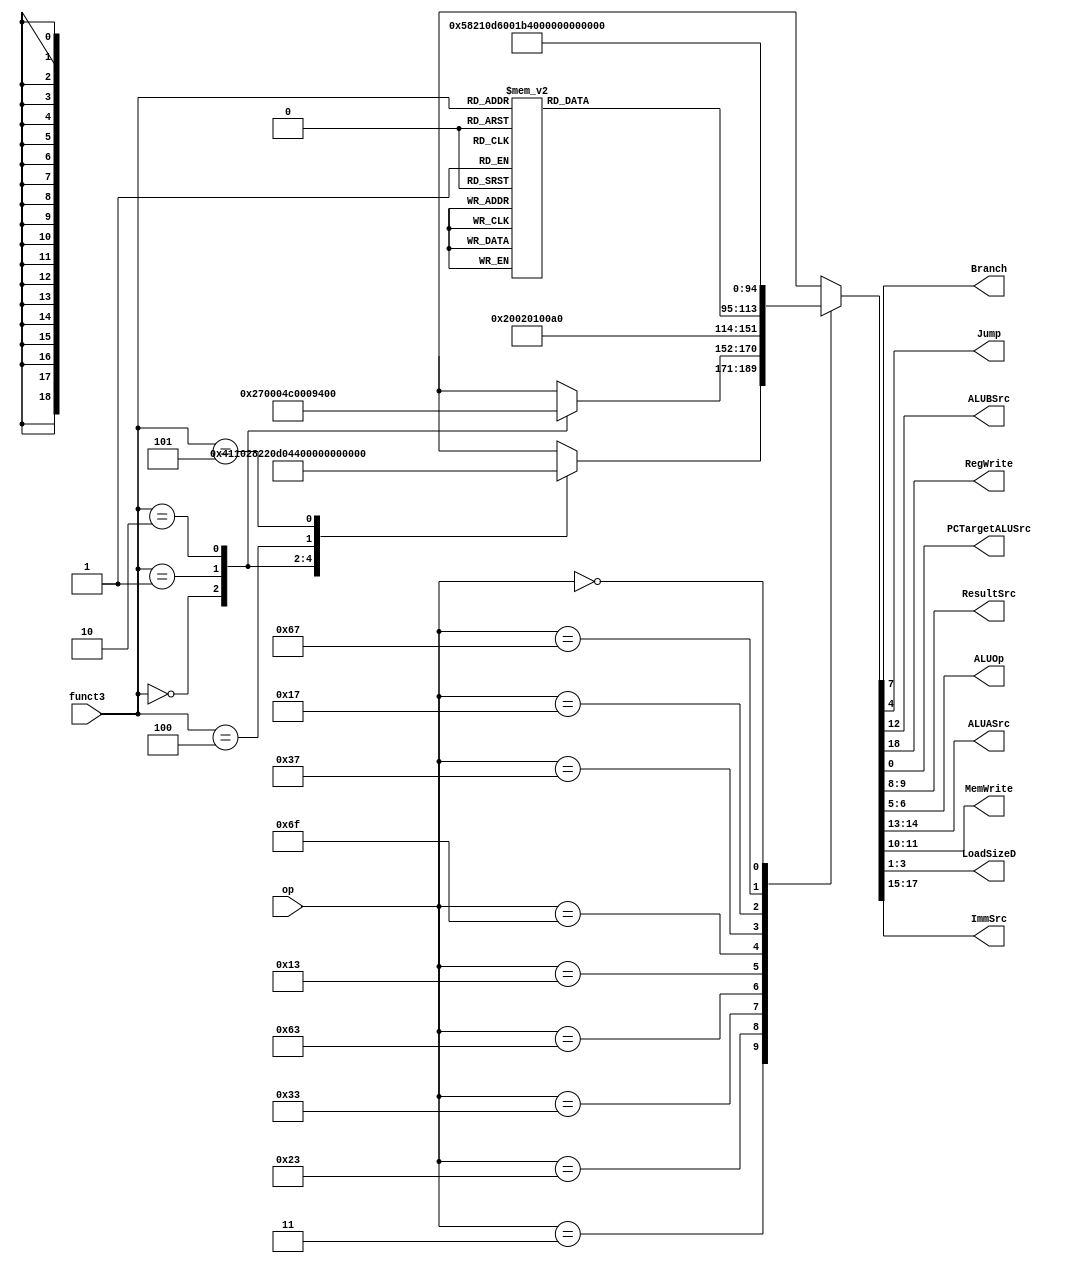
module dt1_maindec(							//This will decode what type of instruction we are using
	`ifdef RISCV-FORMAL
		output reg 				rvfi_valid_id,
		output reg [63 : 0] 	rvfi_order_id,
		output reg [31 : 0] 	rvfi_insn_,
		output reg				rvfi_trap,
		output reg 				rvfi_halt,
		output reg				rvfi_intr,
		output reg [1:0] 		rvfi_mode,
		output reg [1:0] 		rvfi_ixl,
	`endif
	input  wire [6:0]  op,
	input  wire [2:0]  funct3,
	output reg	       Branch,
	output reg         Jump,
	output reg         ALUBSrc,
	output reg         RegWrite,
	output reg         PCTargetALUSrc,
	output reg [1:0]   ResultSrc,
	output reg [1:0]   ALUOp,
	output reg [1:0]   ALUASrc,
	output reg [1:0]   MemWrite,
	output reg [2:0]   LoadSizeD,
	output reg [2:0]   ImmSrc
	
);				// Port Declarations

reg [18:0] controls;

always@(*) begin
	{RegWrite, ImmSrc, ALUASrc, ALUBSrc, 
	MemWrite, ResultSrc, Branch, ALUOp, 
	Jump, LoadSizeD,PCTargetALUSrc} = controls;
end
always@(*) begin
	case (op)
		7'b0000011: case(funct3)
						3'b000: controls = 19'b1_000_00_1_00_01_0_00_0_001_0;	//lb
						3'b001: controls = 19'b1_000_00_1_00_01_0_00_0_011_0;	//lh
						3'b010: controls = 19'b1_000_00_1_00_01_0_00_0_000_0;	//lw
						3'b100: controls = 19'b1_000_00_1_00_01_0_00_0_010_0;	//lbu
						3'b101: controls = 19'b1_000_00_1_00_01_0_00_0_100_0;	//lhu
						default:begin
								`ifdef RISCV-FORMAL
									rvfi_valid = 1'b0;
									rvfi_order = {64{1'bx}};
									rvfi_insn = {32{1'bx}};
									rvfi_trap = 1'b1;
									rvfi_halt = 1'bx;
									rvfi_intr = 1'bx;
									rvfi_mode = 2'bxx;
									rvfi_ixl = 2'bxx;
								`endif
									controls = 19'bx_xxx_xx_x_xx_xx_x_xx_x_xxx_x;   //?
								
								end
					endcase
		7'b0100011: case(funct3)
						3'b000: controls = 19'b0_001_00_1_11_00_0_00_0_000_0;	//sb
						3'b001: controls = 19'b0_001_00_1_10_00_0_00_0_000_0;	//sh
						3'b010: controls = 19'b0_001_00_1_01_00_0_00_0_000_0;	//sw
					    default:begin
								`ifdef RISCV-FORMAL
									rvfi_valid = 1'b0;
									rvfi_order = 64{{1'bx}};
									rvfi_insn = 4096{{1'bx}};
									rvfi_trap = 1'b1;
									rvfi_halt = 1'bx;
									rvfi_intr = 1'bx;
									rvfi_mode = 2'bxx;
									rvfi_ixl = 2'bxx;
								`endif
									controls = 19'bx_xxx_xx_x_xx_xx_x_xx_x_xxx_x;   //?
								end
					endcase
		7'b0110011: 			controls = 19'b1_000_00_0_00_00_0_10_0_000_0;	//R-type
		7'b1100011: 			controls = 19'b0_010_00_0_00_00_1_01_0_000_0;	//beq
		//I-type ALU or shift
		7'b0010011: case (funct3)
						3'b000,3'b010,3'b011,3'b100,3'b110,3'b111: controls = 19'b1_000_00_1_00_00_0_10_0_000_0;	//I-type ALU
						3'b001,3'b101					         : controls = 19'b1_100_00_1_00_00_0_10_0_000_0;	//I-type Shift
						default									 :begin
																`ifdef RISCV-FORMAL
																   rvfi_valid = 1'b0;
																   rvfi_order = 64{{1'bx}};
															       rvfi_insn = 4096{{1'bx}};
																   rvfi_trap = 1'b1;
																   rvfi_halt = 1'bx;
																   rvfi_intr = 1'bx;
																   rvfi_mode = 2'bxx;
																   rvfi_ixl = 2'bxx;
																`endif
																   controls = 19'bx_xxx_xx_x_xx_xx_x_xx_x_xxx_x;   //?
																  end
					endcase											//I-type shift 
		7'b1101111: 			controls = 19'b1_011_00_0_00_10_0_00_1_000_0;  //jal
		7'b0110111: 			controls = 19'b1_101_01_1_00_00_0_00_0_000_0;  //U-type lui
		7'b0010111: 			controls = 19'b1_101_10_1_00_00_0_00_0_000_0; //U-type auipc
		7'b1100111: 			controls = 19'b1_000_00_1_00_10_0_00_1_000_1; //jalr
		7'b0000000: 			controls = 19'b0_000_00_0_00_00_0_00_0_000_0;	//reset
		default: 				begin
								`ifdef RISCV-FORMAL
									rvfi_valid = 1'b0;
									rvfi_order = 64{{1'bx}};
									rvfi_insn = 4096{{1'bx}};
									rvfi_trap = 1'b1;
									rvfi_halt = 1'bx;
									rvfi_intr = 1'bx;
									rvfi_mode = 2'bxx;
									rvfi_ixl = 2'bxx;
								`endif
									controls = 19'bx_xxx_xx_x_xx_xx_x_xx_x_xxx_x;   //?
								end
	endcase

end

endmodule